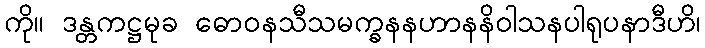
ကို။ ဒန္တကဋ္ဌမုခ ဓောဝနသီသမက္ခနနဟာနနိဝါသနပါရုပနာဒီဟိ၊